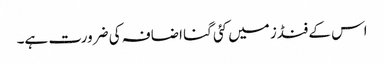
اس کے فنڈز میں کئی گنا اضافہ کی ضرورت ہے۔